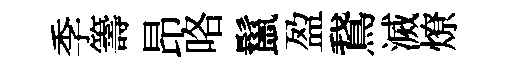
季籌昂咯鬣盈鵞滅燎